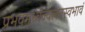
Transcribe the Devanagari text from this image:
प्रभवमूर्ध्वज्वलनस्वभावं